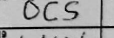
Transcription: OCS